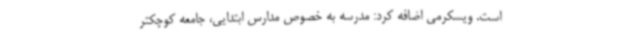
است. ویسکرمی اضافه کرد: مدرسه به خصوص مدارس ابتدایی، جامعه کوچکتر